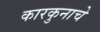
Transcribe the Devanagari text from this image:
कारकुनाचे